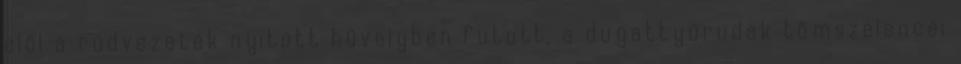
elöl a rúdvezeték nyitott hüvelyben futott, a dugattyúrudak tömszelencéi